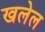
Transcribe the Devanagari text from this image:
खलेल